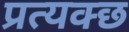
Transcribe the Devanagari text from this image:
प्रत्यक्छ